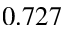
0 . 7 2 7